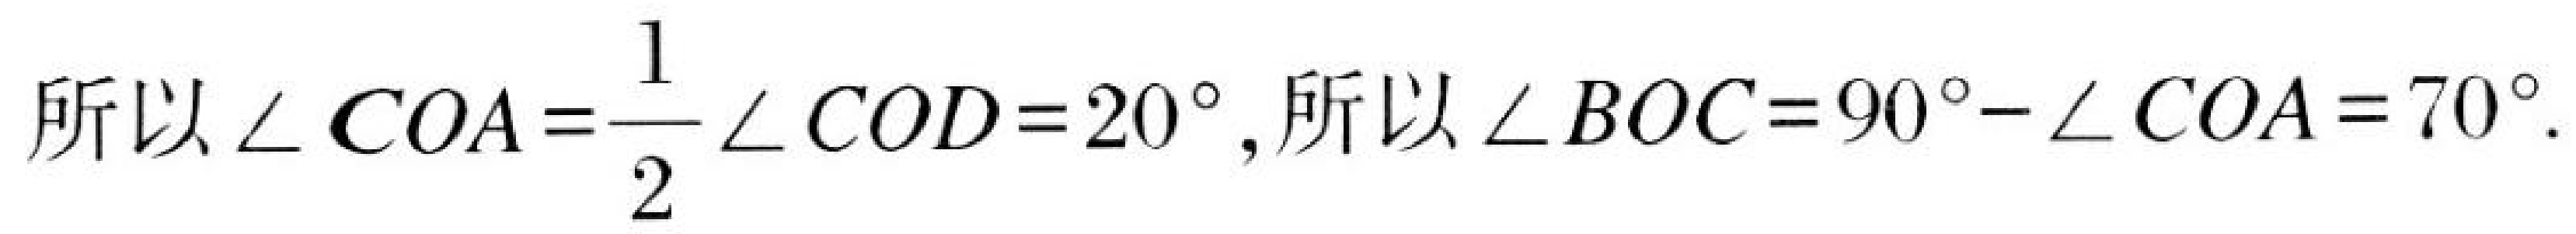
所以\(\angle COA=\dfrac{1}{2}\angle COD = 20^{\circ}\), 所以\(\angle BOC=90^{\circ}-\angle COA = 70^{\circ}\).